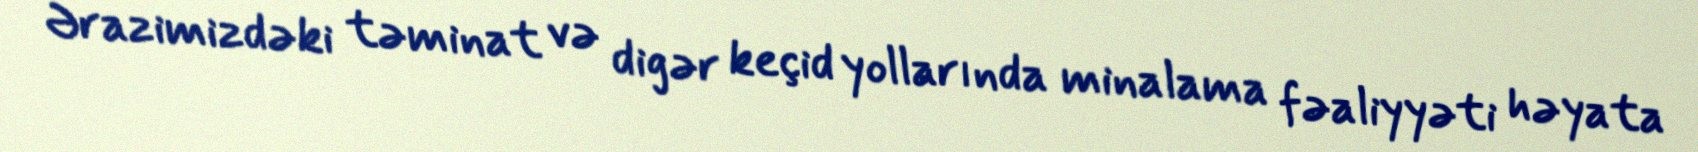
Ərazimizdəki təminat və digər keçid yollarında minalama fəaliyyəti həyata